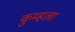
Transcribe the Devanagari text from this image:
कुम्हला